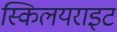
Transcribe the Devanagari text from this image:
स्किलयराइट